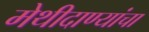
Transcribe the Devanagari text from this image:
मेथीदाण्यांचा